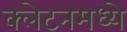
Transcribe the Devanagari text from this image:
क्लेटनमध्ये